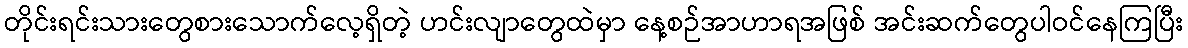
တိုင်းရင်းသားတွေစားသောက်လေ့ရှိတဲ့ ဟင်းလျာတွေထဲမှာ နေ့စဉ်အာဟာရအဖြစ် အင်းဆက်တွေပါဝင်နေကြပြီး